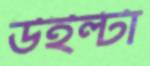
উইল্টা